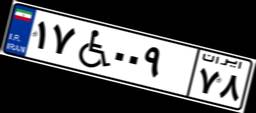
۰۵W۲۳۷۰۲